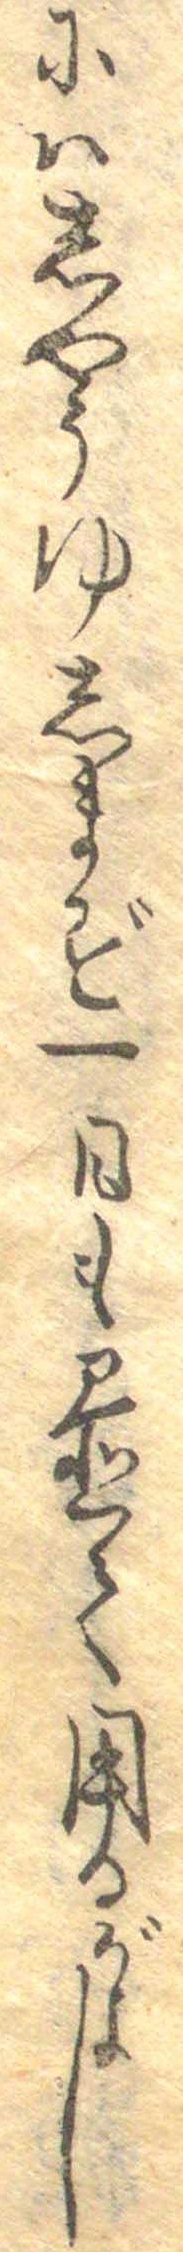
にはしやうゆしまず一日も置て用るがよし